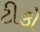
ટીકો